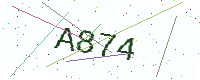
Text: A874